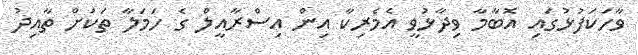
ވާހަކަފުޅުގައި އޮބާމާ ވިދާޅުވީ އެމެރިކާ އިން އިސްރާއީލް ގެ ހަމަލާ ތަކަށް ތާއިދު